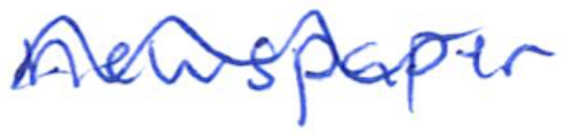
Text: newspaper
Cross-out: wave
Writing tool: ballpoint